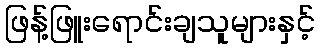
ဖြန့်ဖြူးရောင်းချသူများနှင့်